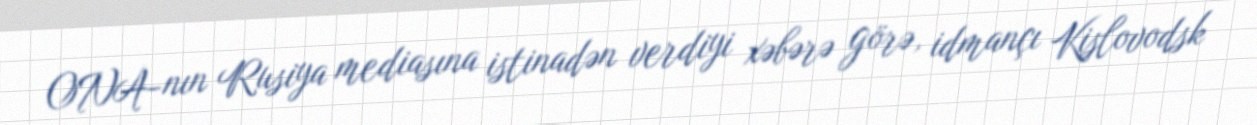
ONA-nın Rusiya mediasına istinadən verdiyi xəbərə görə, idmançı Kislovodsk